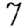
Digit: 7